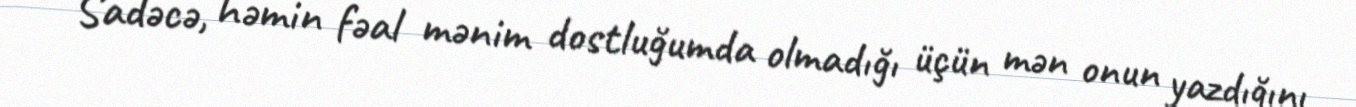
Sadəcə, həmin fəal mənim dostluğumda olmadığı üçün mən onun yazdığını